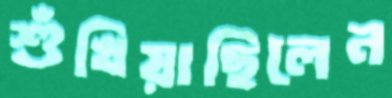
শুঁখিয়াছিলেন